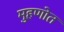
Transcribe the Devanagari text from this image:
मुहणोत